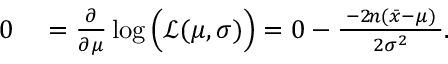
\begin{array} { r l } { 0 } & { { } = { \frac { \partial } { \partial \mu } } \log { \Big ( } { \mathcal { L } } ( \mu , \sigma ) { \Big ) } = 0 - { \frac { \; - 2 \! n ( { \bar { x } } - \mu ) \; } { 2 \sigma ^ { 2 } } } . } \end{array}